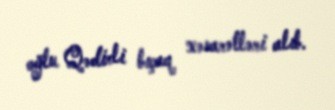
oğlu Qədirli bıçaq xəsarətləri alıb.